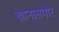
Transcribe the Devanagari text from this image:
खानासमोर